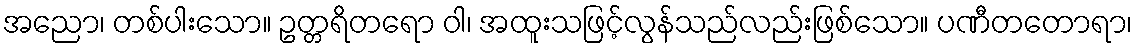
အညော၊ တစ်ပါးသော။ ဥတ္တရိတရော ဝါ၊ အထူးသဖြင့်လွန်သည်လည်းဖြစ်သော။ ပဏီတတောရာ၊